Vaccination in Bombay 1889-1901 - 1889-1901
Year: 1889
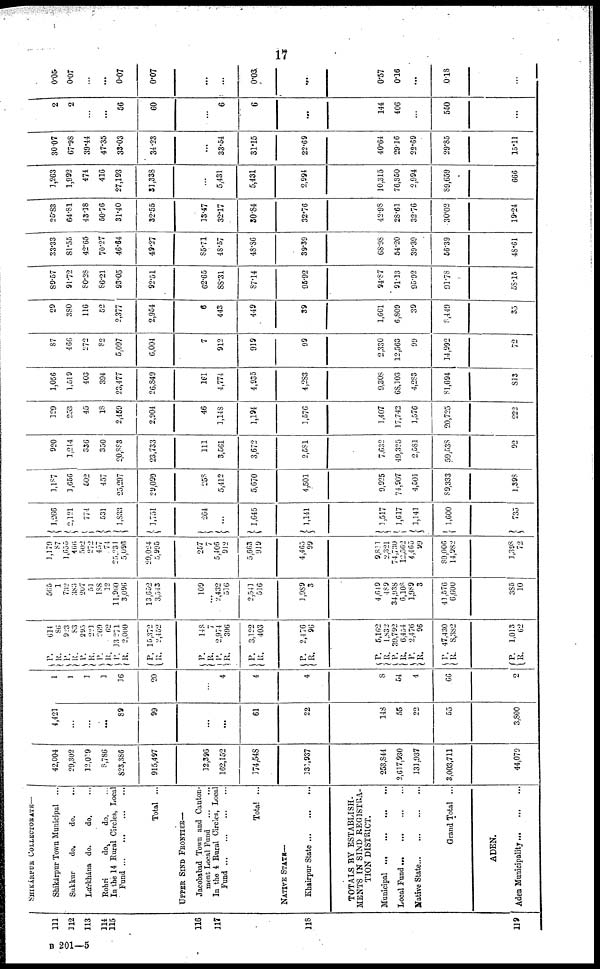
17
111
112
113
114
115
116
117
118
119
SHIKÁRPUR COLLECTORATE—
Shikárpur Town Municipal
...
Sukkur
do.
do. ...
Lárkhána do.
do. ...
Rohri
do.
do. ...
In the 14 Rural Circles, Local
Fund...
...
...
...
Total ...
UPPER SIND FRONTIER—
Jacobabad Town and Canton-
ment Local Fund
...
...
In the 4 Rural Circle, Local
Fund... ... ... ...
Total ...
NATIVE STATE—
Khairpur
State...
...
...
TOTALS BY ESTABLISH¬
MENTS IN SIND REGISTRA-
TION DISTRICT.
Municipal...
...
...
...
Local
Fund...
...
...
...
Native
State...
...
...
...
Grand Total ...
ADEN.
Aden
Municipality...
...
...
42,004
29,302
12,019
8,786
823,386
915,497
12,396
162,152
174,548
131,937
253,844
2,617,930
131,937
3,003,711
44,079
4,421
...
...
...
89
99
...
...
61
22
148
55
22
55
3,800
1
1
1
1
16
20
...
4
4
4
8
54
4
66
2
P.
R.
P.
R.
P.
R.
P.
R.
P.
R.
P.
R.
614
86
923
83
295
221
269
62
13 271
2,000
15,372
2,452
P.
R.
P.
R.
P.
R.
148
7
2,974
396
3,122
403
P.
R. 2,476
96
P.
R.
P.
R.
P.
R.
P.
R.
5,162
1,832
39,792
6,454
2,476
96
47,430
8,382
P.
R.
1,013
62
565
1
732
383
207
51
188
12
11,960
3,096
13,652
3,543
109
...
2,432
516
2,541
516
1,989
3
4,649
489
34,938
6,108
1,989
3
41,576
6,600
385
10
1,179
87
1,655
466
502
272
457
74
25,231
5,096
29,024
5,995
257
7
5,405
912
5,663
919
4,465
99
9,811
2,321
74,730
12,562
4,465
99
89,006
14,982
1,398
72
1,266
2,121
774
531
1,833
1,751
264
...
1,645
1,141
1,517
1,617
1,141
1,600
735
1,187
1,656
502
457
25,297
29,099
258
5,412
5,670
4,501
9,925
74,907
4,501
89,333
1,398
920
1,214
336
350
20,883
23,733
111
3,561
3,672
2,581
7,632
49,325
2,581
59,538
92
129
253
45
18
2,459
2,904
46
1,148
1,194
3,576
1,407
17,742
3,576
20,725
222
1,056
1,519
403
394
23,477
26,849
161
4,774
4,935
4,283
9,308
68,103
4,283
81,694
813
87
466
272
82
5,097
6,004
7
912
919
99
2,330
12,563
99
14,992
72
29
380
116
52
2,377
2,954
6
443
449
39
1,601
6,809
39
8,449
35
89.57
91.72
80.28
86.21
93.05
92.51
62.65
88.31
87.14
95.92
94.87
91.13
95.92
91.78
58.15
33.33
81.56
42.65
70.27
46.64
49.27
85.71
48.57
48.86
39.39
68.98
54.20
39.39
56.39
48.61
25.83
64.81
43.38
50.76
31.40
32.55
13.47
32.17
30.84
32.76
42.98
28.61
32.76
30.02
19.24
1,263
1,992
474
416
27,193
31,338
...
5,431
5,431
2,994
10,315
76,350
2,994
89,659
666
30.07
67.98
39.44
47.35
33.03
34.23
...
33.54
31.15
22.69
40.64
29.16
22.69
29.85
15.11
2
2
...
...
56
60
...
6
6
...
144
406
...
550
...
0.05
0.07
...
...
0.07
0.07
...
...
0.03
...
0.57
0.16
...
0.18
...
B 201—5